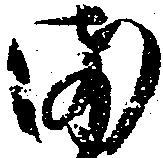
ま